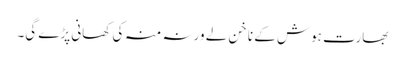
بھارت ہوش کے ناخن لے ورنہ منہ کی کھانی پڑے گی۔